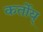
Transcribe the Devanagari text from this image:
कर्तोय्